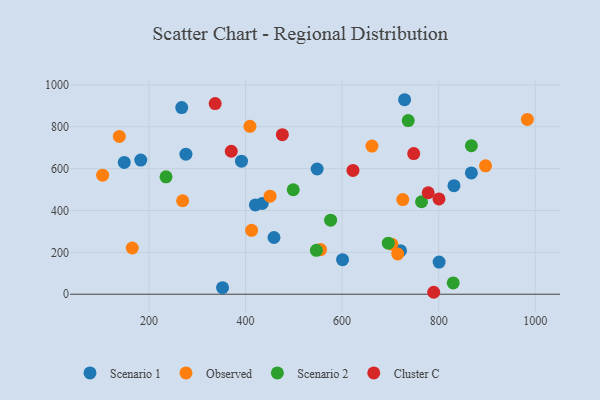
{"axis": {"x": "Distance", "y": "Demand"}, "legend": ["Cluster C", "Observed", "Scenario 1", "Scenario 2"], "data": [{"x": "391.6", "y": 635.9, "type": "Scenario 1"}, {"x": "276.5", "y": 669.0, "type": "Scenario 1"}, {"x": "867.7", "y": 579.7, "type": "Scenario 1"}, {"x": "720.9", "y": 208.0, "type": "Scenario 1"}, {"x": "148.8", "y": 629.9, "type": "Scenario 1"}, {"x": "267.8", "y": 891.8, "type": "Scenario 1"}, {"x": "183.0", "y": 640.9, "type": "Scenario 1"}, {"x": "548.3", "y": 598.4, "type": "Scenario 1"}, {"x": "600.9", "y": 165.2, "type": "Scenario 1"}, {"x": "729.4", "y": 929.3, "type": "Scenario 1"}, {"x": "800.9", "y": 153.6, "type": "Scenario 1"}, {"x": "458.9", "y": 270.9, "type": "Scenario 1"}, {"x": "434.6", "y": 433.5, "type": "Scenario 1"}, {"x": "420.3", "y": 426.5, "type": "Scenario 1"}, {"x": "352.4", "y": 31.4, "type": "Scenario 1"}, {"x": "831.7", "y": 518.4, "type": "Scenario 1"}, {"x": "897.1", "y": 613.3, "type": "Observed"}, {"x": "409.1", "y": 802.4, "type": "Observed"}, {"x": "703.0", "y": 238.9, "type": "Observed"}, {"x": "715.3", "y": 192.2, "type": "Observed"}, {"x": "450.8", "y": 468.6, "type": "Observed"}, {"x": "104.0", "y": 568.9, "type": "Observed"}, {"x": "412.5", "y": 305.2, "type": "Observed"}, {"x": "555.3", "y": 213.3, "type": "Observed"}, {"x": "138.6", "y": 754.0, "type": "Observed"}, {"x": "269.7", "y": 446.5, "type": "Observed"}, {"x": "725.6", "y": 452.1, "type": "Observed"}, {"x": "661.8", "y": 707.8, "type": "Observed"}, {"x": "983.7", "y": 835.4, "type": "Observed"}, {"x": "165.4", "y": 220.8, "type": "Observed"}, {"x": "764.5", "y": 441.9, "type": "Scenario 2"}, {"x": "576.2", "y": 353.7, "type": "Scenario 2"}, {"x": "867.7", "y": 709.3, "type": "Scenario 2"}, {"x": "498.8", "y": 499.1, "type": "Scenario 2"}, {"x": "235.3", "y": 560.7, "type": "Scenario 2"}, {"x": "546.7", "y": 209.5, "type": "Scenario 2"}, {"x": "736.9", "y": 829.9, "type": "Scenario 2"}, {"x": "695.6", "y": 243.9, "type": "Scenario 2"}, {"x": "830.1", "y": 54.2, "type": "Scenario 2"}, {"x": "622.5", "y": 591.7, "type": "Cluster C"}, {"x": "337.1", "y": 910.8, "type": "Cluster C"}, {"x": "476.2", "y": 762.3, "type": "Cluster C"}, {"x": "800.6", "y": 455.5, "type": "Cluster C"}, {"x": "789.7", "y": 9.3, "type": "Cluster C"}, {"x": "370.4", "y": 683.0, "type": "Cluster C"}, {"x": "748.3", "y": 672.0, "type": "Cluster C"}, {"x": "778.3", "y": 484.8, "type": "Cluster C"}]}